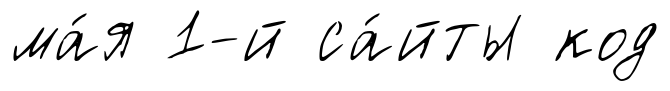
ма́я 1-й са́йты код